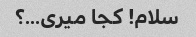
سلام! کجا میری...؟